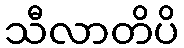
သီလာတိပိ